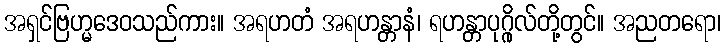
အရှင်ဗြဟ္မဒေဝသည်ကား။ အရဟတံ အရဟန္တာနံ၊ ရဟန္တာပုဂ္ဂိုလ်တို့တွင်။ အညတရော၊